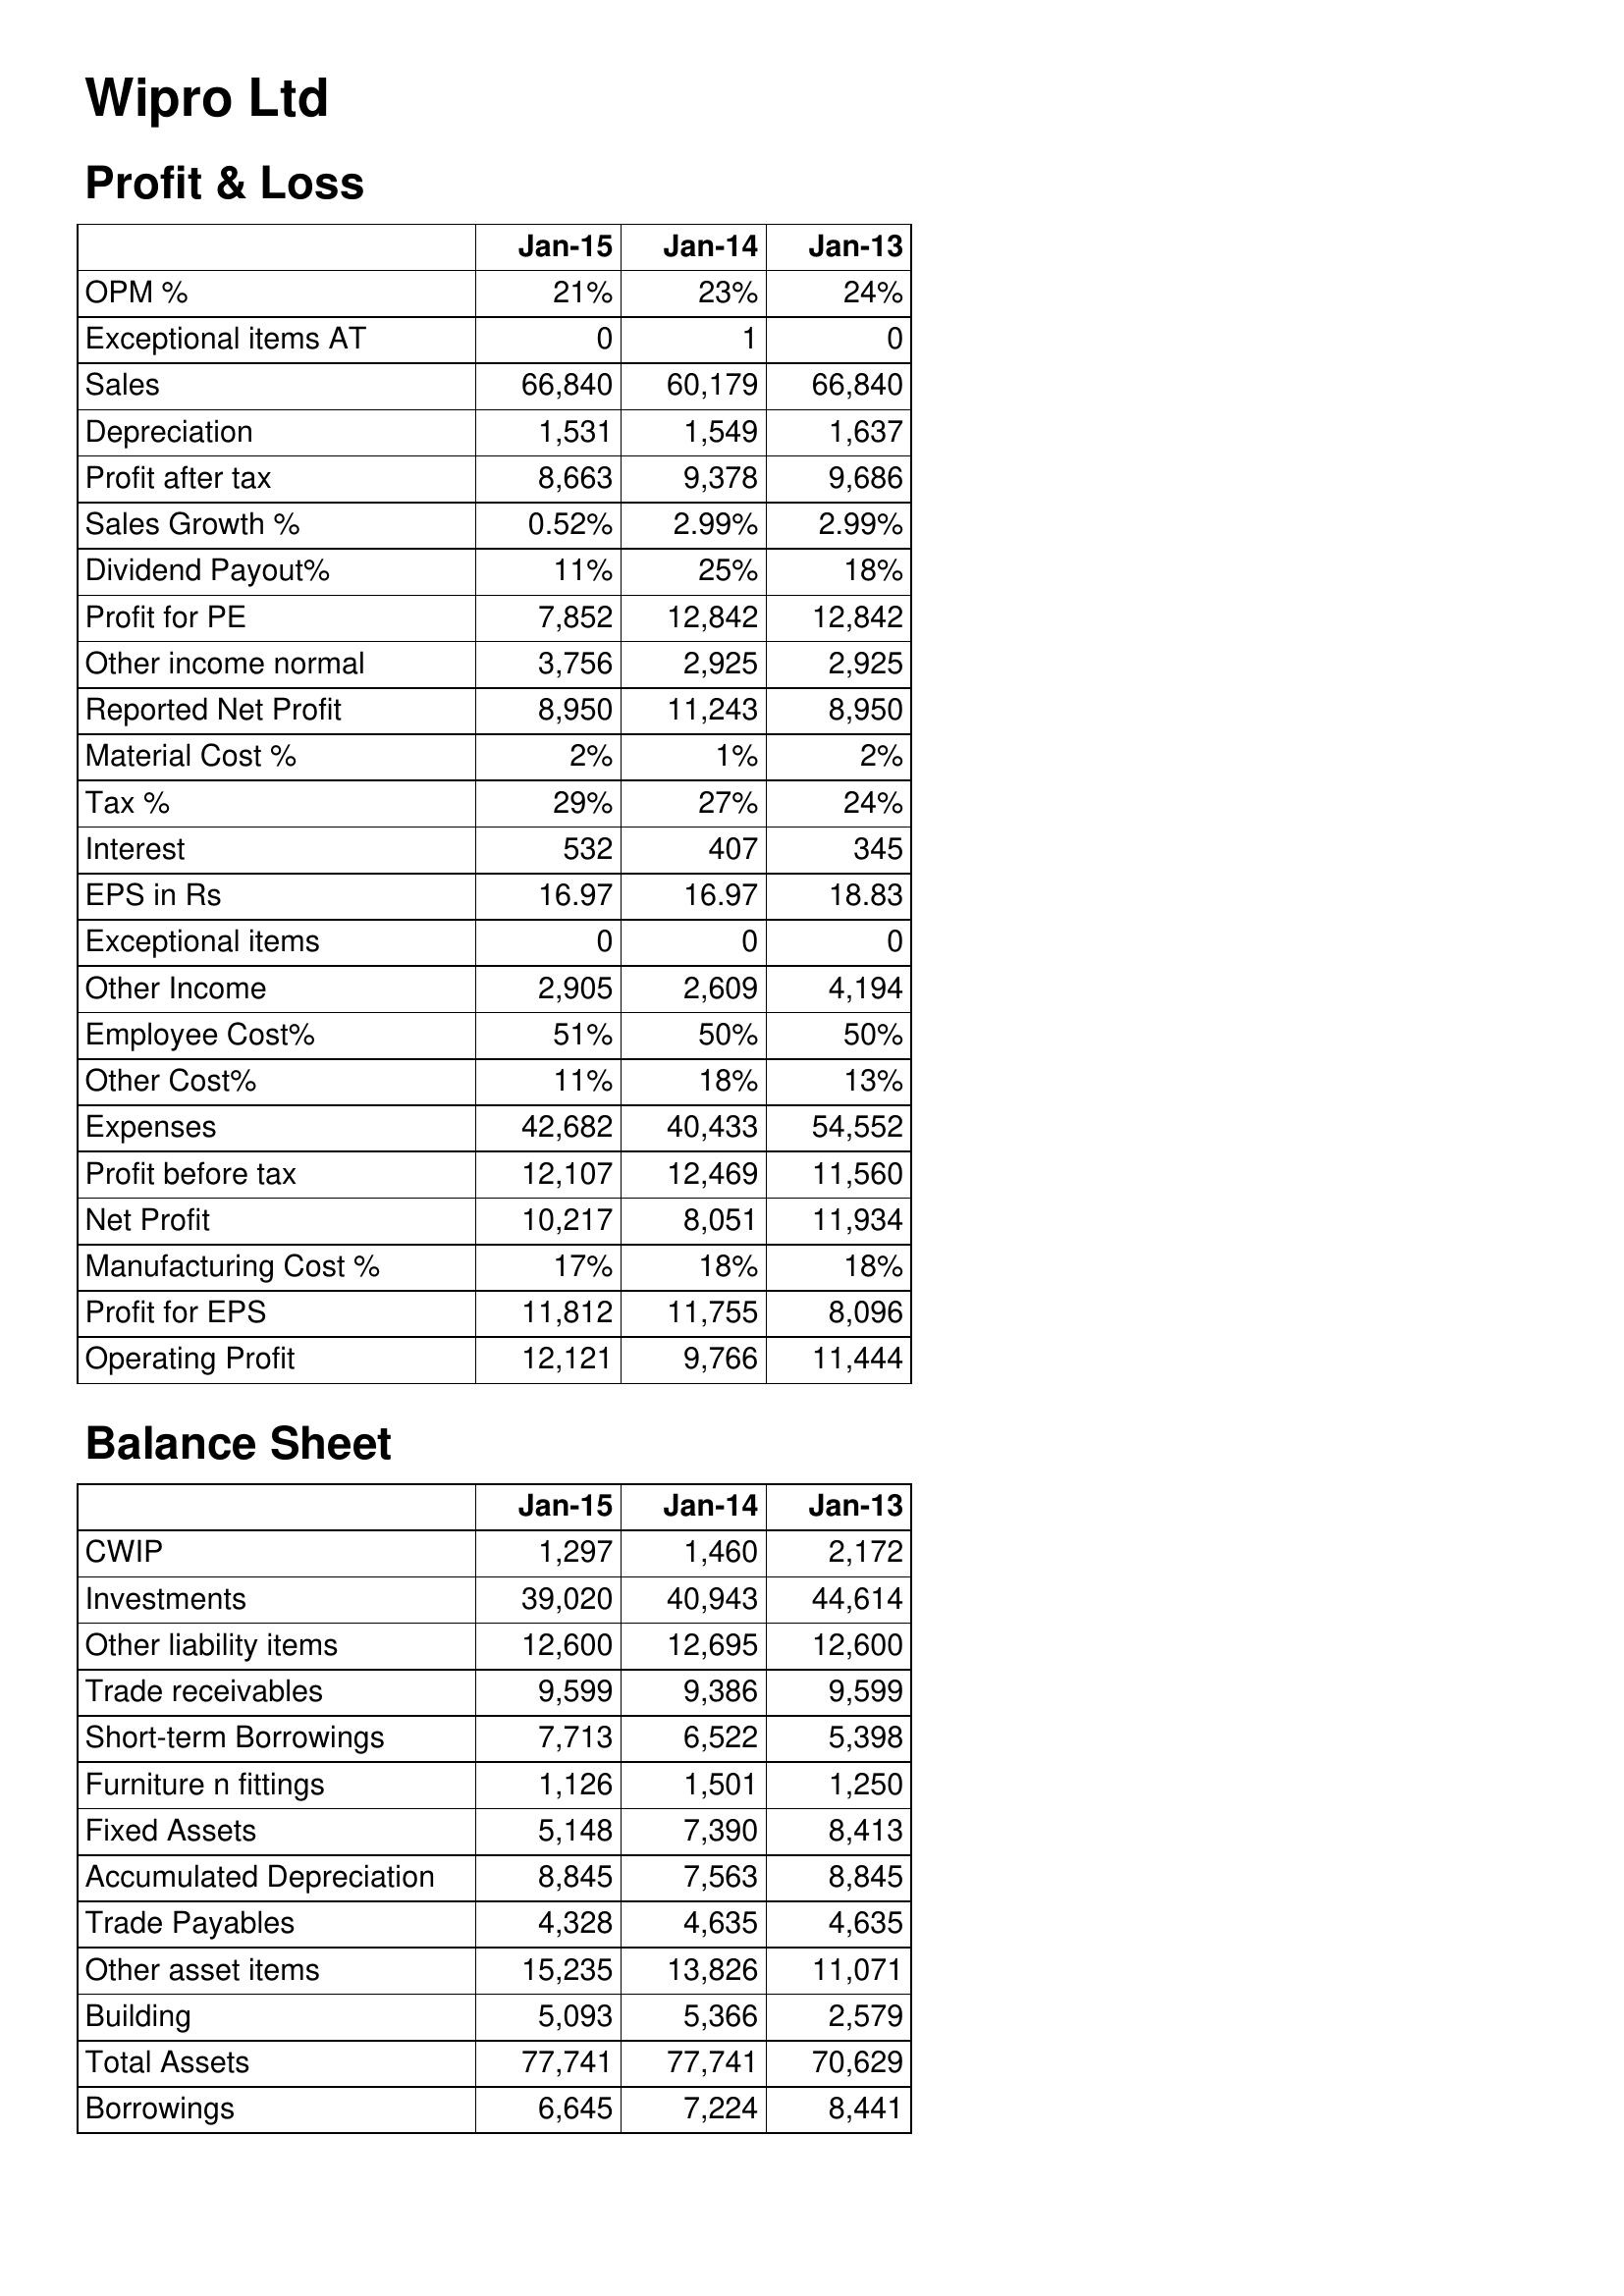
Jan-15: Profit & Loss: OPM %: 21%
Exceptional items AT: 0
Sales: 66,840
Depreciation: 1,531
Profit after tax: 8,663
Sales Growth %: 0.52%
Dividend Payout%: 11%
Profit for PE: 7,852
Other income normal: 3,756
Reported Net Profit: 8,950
Material Cost %: 2%
Tax %: 29%
Interest: 532
EPS in Rs: 16.97
Exceptional items: 0
Other Income: 2,905
Employee Cost%: 51%
Other Cost%: 11%
Expenses: 42,682
Profit before tax: 12,107
Net Profit: 10,217
Manufacturing Cost %: 17%
Profit for EPS: 11,812
Operating Profit: 12,121
Balance Sheet: CWIP: 1,297
Investments: 39,020
Other liability items: 12,600
Trade receivables: 9,599
Short-term Borrowings: 7,713
Furniture n fittings: 1,126
Fixed Assets: 5,148
Accumulated Depreciation: 8,845
Trade Payables: 4,328
Other asset items: 15,235
Building: 5,093
Total Assets: 77,741
Borrowings: 6,645
Jan-14: Profit & Loss: OPM %: 23%
Exceptional items AT: 1
Sales: 60,179
Depreciation: 1,549
Profit after tax: 9,378
Sales Growth %: 2.99%
Dividend Payout%: 25%
Profit for PE: 12,842
Other income normal: 2,925
Reported Net Profit: 11,243
Material Cost %: 1%
Tax %: 27%
Interest: 407
EPS in Rs: 16.97
Exceptional items: 0
Other Income: 2,609
Employee Cost%: 50%
Other Cost%: 18%
Expenses: 40,433
Profit before tax: 12,469
Net Profit: 8,051
Manufacturing Cost %: 18%
Profit for EPS: 11,755
Operating Profit: 9,766
Balance Sheet: CWIP: 1,460
Investments: 40,943
Other liability items: 12,695
Trade receivables: 9,386
Short-term Borrowings: 6,522
Furniture n fittings: 1,501
Fixed Assets: 7,390
Accumulated Depreciation: 7,563
Trade Payables: 4,635
Other asset items: 13,826
Building: 5,366
Total Assets: 77,741
Borrowings: 7,224
Jan-13: Profit & Loss: OPM %: 24%
Exceptional items AT: 0
Sales: 66,840
Depreciation: 1,637
Profit after tax: 9,686
Sales Growth %: 2.99%
Dividend Payout%: 18%
Profit for PE: 12,842
Other income normal: 2,925
Reported Net Profit: 8,950
Material Cost %: 2%
Tax %: 24%
Interest: 345
EPS in Rs: 18.83
Exceptional items: 0
Other Income: 4,194
Employee Cost%: 50%
Other Cost%: 13%
Expenses: 54,552
Profit before tax: 11,560
Net Profit: 11,934
Manufacturing Cost %: 18%
Profit for EPS: 8,096
Operating Profit: 11,444
Balance Sheet: CWIP: 2,172
Investments: 44,614
Other liability items: 12,600
Trade receivables: 9,599
Short-term Borrowings: 5,398
Furniture n fittings: 1,250
Fixed Assets: 8,413
Accumulated Depreciation: 8,845
Trade Payables: 4,635
Other asset items: 11,071
Building: 2,579
Total Assets: 70,629
Borrowings: 8,441